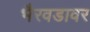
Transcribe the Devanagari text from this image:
भैरवडावर